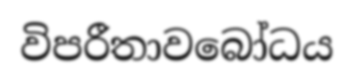
විපරීතාවබෝධය